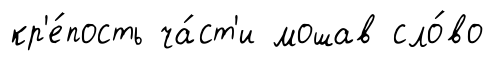
кр'е́пость ча́ст'и мошав сло́во